Annual statistical returns and brief notes on vaccination in Bengal - 1887-1898
Year: 1887
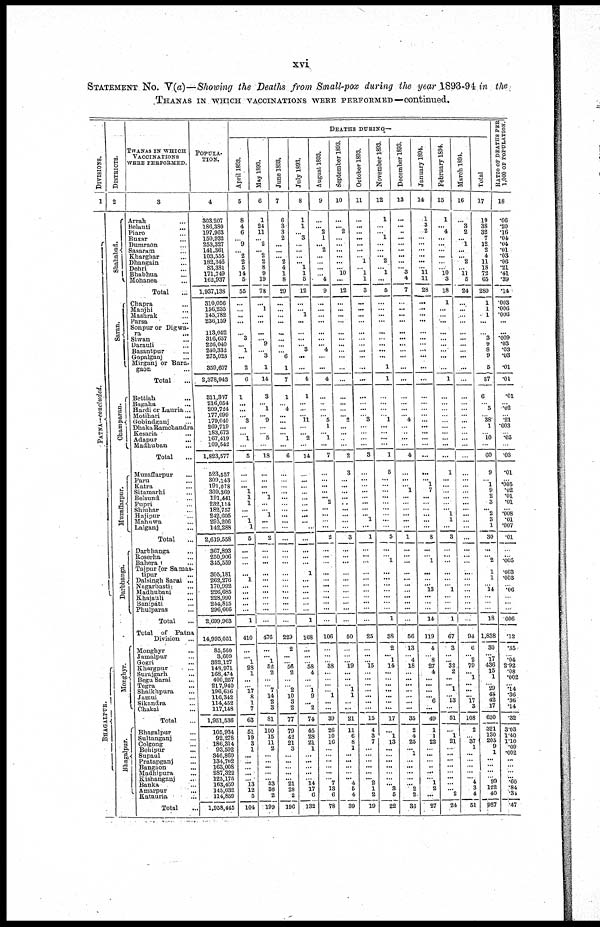
xvi
STATEMENT NO. V(a)—Showing the Deaths from Small-pox during the year 1893-94 in the
THANAS IN WHICH VACCINATIONS WERE PERFORMED—continued.
DIVISIONS.
1
PATNA—concluded.
BHAGALPUR.
DISTRICTS.
2
Shahabad.
Saran.
Champaran.
Muzaffarpur.
Darbhanga.
Monghyr.
Bhagalpur.
THANAS IN WHICH
VACCINATIONS
WERE PERFORMED.
3
Arrah ...
Belauti ...
Piaro ...
Buxar ...
Dumraon ...
Sasaram ...
Kharghar ...
Dhangoin ...
Dehri ...
Bhabhua ...
Mohanea ...
Total ...
Chapra ...
Manjhi ...
Mashrak ...
Parsa ...
Sonpur or Digwa-
ra
...
Siwan ...
Darauli ...
Basantpur ...
Gopalganj ...
Mirganj or Bora-
gaon ...
Total ...
Bettiah ...
Bagaha ...
Hardi or Lauria ...
Motihari
...
Gobindganj ...
Dhaka Ramchandra
Kesaria ...
Adapur
...
Madhuban ...
Total ...
Muzaffarpur
...
Paru ...
Katra ...
Sitamarhi ...
Belsund ...
Pupri ...
Shiuhar ...
Hajipur ...
Mahuwa ...
Lalganj
...
Total ...
Darbhanga ...
Roserha ...
Bahora ...
Tajpur or Samas-
tipur ...
Dalsingh Sarai ...
Nagarbasti ...
Madhubani ...
Khajauli
...
Banipati ...
Phulparas ...
Total ...
Total
of Patna
Division ...
Monghyr ...
Jamalpur ...
Gogri ...
Khargpur ...
Surajgarh ...
Begu Sarai
...
Tegra ...
Shaikhpura ...
Jamui ...
Sikandra ...
Chakai ...
Total ...
Bhagalpur ...
Sultanganj ...
Colgong ...
Behipur
...
Supaul ...
Pratapganj ...
Bangaon
...
Mudhipura ...
Kishanganj
...
Banka ...
Amarpur
...
Katauria ...
Total ...
POPULA-
TION.
4
303,207
186,380
197,963
150,932
253,327
141,361
103,555
182,346
83,381
171,749
162,937
1,937,138
310,056
156,235
145,782
236,159
113,052
316,657
226,040
240,332
275,023
359,607
2,378,943
311,307
216,054
209,724
177,099
179,040
269,719
183,673
167,419
109,542
1,823,577
523,557
309,143
191,078
309,369
191,441
232,114
182,757
242,605
295,206
142,288
2,619,558
367,893
250,906
345,559
305,181
262,276
170,992
226,685
228,990
244,815
296,666
2,699,963
14,995,051
85,560
3,609
382,127
148,971
168,474
400,257
217,940
196,656
116,342
114,452
117,148
1,951,536
105,934
92,278
186,314
93,502
346,860
134,702
163,008
287,322
125,175
163,459
145,032
114,859
1,958,445
DEATHS DURING—
April 1893.
5
8
4
6
...
9
... 2
2
5
14
5
55
...
... ...
...
...
3
...
1
...
2
6
1
...
...
...
3
...
... 1
...
5
...
...
... 1
1
1
...
...
1
1
5
...
...
...
...
1
...
...
...
...
...
1
410
...
...
1
28
1
...
...
17
8
1
7
63
51
19
3
1
...
...
...
...
...
13
12
5
104
May 1893.
6
1
24
11
... 2
... 2
2
8
9
19
78
...
1
...
...
...
... 9
...
3
1
14
3
... 1
... 9
...
... 5
...
18
...
...
...
... 1
...
...
1
...
...
2
...
...
...
...
...
...
...
...
...
...
...
476
...
... 1
52
2
...
...
7
14
2
3
81
100
15
11
2
...
...
...
...
... 33
36
2
199
June 1893.
7
6
3
3
2
...
...
... 2
4
1
8
29
...
...
...
...
...
...
...
...
6
1
7
1
...
4
...
...
...
... 1
...
6
...
...
...
...
...
...
...
...
...
...
...
...
...
...
...
...
...
...
...
...
...
...
229
2
...
...
56
2
...
...
2
10
3
2
77
79
42
21
3
...
...
...
...
... 21
28
2
196
July 1893.
8
1
1
...
3
...
...
...
... 1
1
5
12
...
...
1
...
...
...
...
3
...
...
4
1
...
...
... 11
...
... 2
...
14
...
...
...
...
...
...
...
...
... ...
...
...
...
...
1
...
...
...
...
...
...
1
168
...
...
...
58
4
...
... 1
9
... 2
74
45
28
21
1
...
...
...
...
...
14
17
6
132
August 1893.
9
...
... 2
1
... 2
...
...
...
...
4
9
...
...
...
...
...
...
...
4
...
...
4
...
...
...
...
5
1
... 1
...
7
...
... ...
...
... 2
...
...
...
...
2
...
...
...
...
...
...
...
...
...
...
...
106
...
...
...
38
...
...
...
...
1
...
...
39
26
10
16
...
...
...
...
...
...
7
13
6
78
September 1893.
10
...
... 2
...
...
...
...
...
... 10
...
12
...
...
...
...
...
...
...
...
...
...
...
...
...
...
... 2
...
...
...
...
2
3
... ...
...
...
..
...
...
...
...
3
...
...
...
...
...
...
...
...
...
...
...
50
...
...
...
19
...
...
... 1
1
...
...
21
11
6
8
1
...
...
...
...
... 4
6
4
39
October 1893.
11
...
...
...
... ...
...
...
1
... 1
1
3
...
...
...
...
...
...
...
...
...
...
...
...
...
...
...
3
...
...
...
...
3
...
...
...
...
...
...
...
... 1
...
1
...
... ...
...
...
...
...
...
...
...
...
25
...
...
...
15
...
...
...
...
...
...
...
15
4
3
7
...
...
...
...
...
... 2
1
2
19
November 1893.
12
1
...
...
1
...
...
... 2
...
1
...
5
...
...
...
...
...
...
...
...
...
1
1
...
...
...
...
1
...
...
...
...
1
5
...
...
...
...
...
...
...
...
...
5
...
...
1
...
...
...
...
...
...
...
1
38
2
... 1
14
...
...
...
...
...
...
...
17
...
1
13
...
...
...
...
...
...
... 3
5
22
December 1893.
13
...
...
...
...
...
...
...
...
... 3
4
7
...
...
...
...
...
...
...
...
...
...
...
...
...
...
... 4
...
...
...
...
4
...
... ... 1
...
...
...
...
...
...
1
...
...
...
...
...
...
...
...
...
...
...
56
13
...
4
18
...
...
...
...
...
...
...
35
2
4
25
...
1
...
...
...
...
... 2
2
38
January 1894.
14
1
3
2
...
...
...
...
...
...
11
11
28
...
...
...
...
...
...
...
...
...
...
...
...
...
...
...
...
...
...
...
...
...
...
... 1
7
...
...
...
...
...
...
8
...
...
1
...
...
... 13
...
...
...
14
119
4
...
8
27
4
...
...
...
... 6
...
49
1
1
22
...
...
... ...
...
... 1
2
...
27
February 1894.
15
1
...
4
...
...
...
...
...
...
10
3
18
1
...
...
...
...
...
...
...
...
...
1
...
...
...
...
...
...
...
...
...
...
1
...
...
...
...
...
... 1
1
...
3
...
...
...
...
...
... 1
...
...
...
1
67
3
...
...
32
2
...
... 1
... 13
...
51
...
1
21
...
...
...
...
...
...
...
...
2
24
March 1894.
16
...
3
2
...
1
...
...
2
...
11
5
24
...
...
...
...
...
...
...
...
...
...
...
...
...
...
...
...
...
...
...
...
...
...
...
...
...
...
...
...
...
...
...
...
...
...
...
...
...
...
...
...
...
...
...
94
6
... 2
79
...
1
...
...
... 17
3
108
2
...
37
1
...
...
...
...
... 4
3
4
51
Total
17
19
38
32
7
12
2
4
11
18
72
65
280
1
1
1
...
...
3
9
8
9
5
37
6
... 5
...
38
1
...
10
...
60
9
...
1
9
2
3
... 2
3
1
30
...
... 2
1
1
...
14
...
...
...
18
1,838
30
... 17
436
15
1
...
29 40
42
17
630
321
130
205
9
1
...
...
...
...
99
122
40
927
RATIO OF DEATHS PER
1,000 OF POPULATION.
18
...
.20
.16
.04
.04
.01
.03
.06
.21
.41
.39
.14
.003
.006
.006
...
...
.009
.03
.03
.03
.01
.01
.01
... .02
... .21
.003
... .05
...
.03
.01
... .005
.02
.01
.01
...
.008
.01
.007
.01
...
...
.005
.003
.003
... .06
...
...
...
.006
.12
.35
... .04
2.92
.08
.002
... .14
.36
.36
.14
.32
3.03
1.40
1.10
.09
.002
...
...
...
... .60
.84
.34
.47